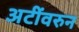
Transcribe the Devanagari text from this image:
अटींवरुन